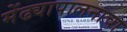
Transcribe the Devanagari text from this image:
मेंढ्यापालनाचा